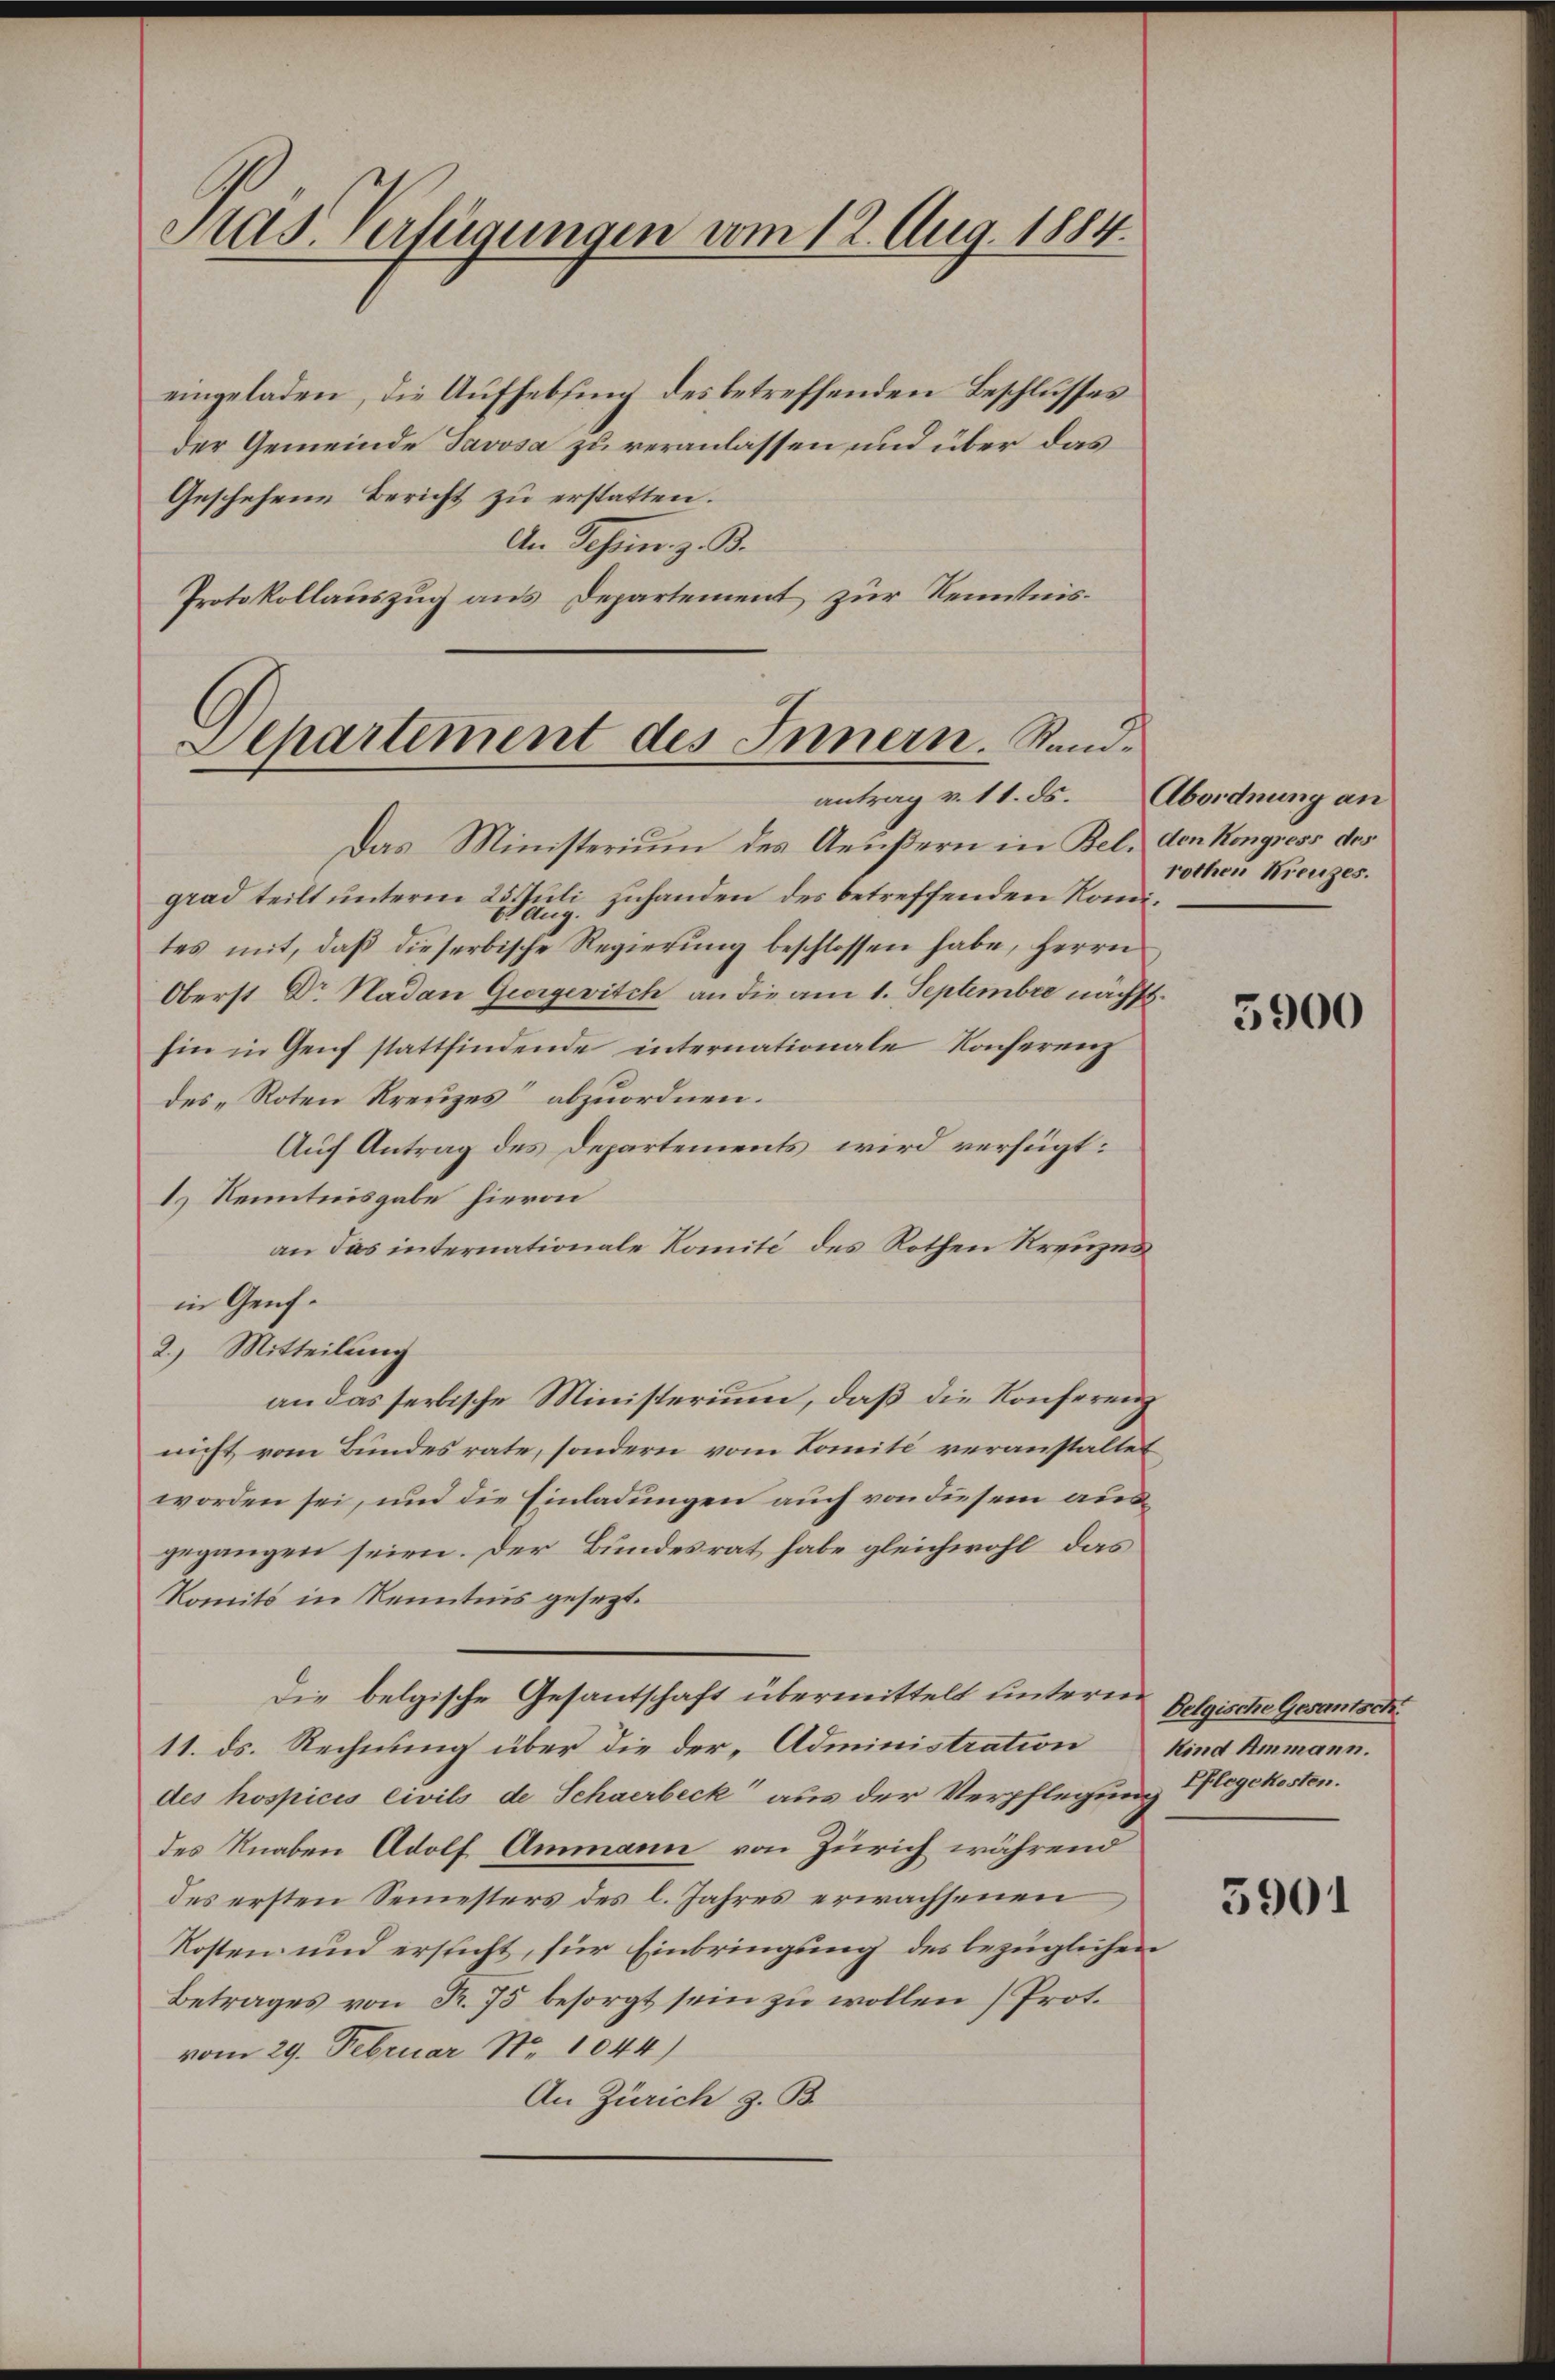
eingeladen, die Aufhebung des betreffenden Beschlusses
der Gemeinde Javosa zu veranlassen und über das
Geschehene Bericht zu erstatten.
An Tessin. z. B.
Protokollauszug aus Departement zur Kenntnis¬

Aras. Verfügungen vom 12. Aug. 1884.

Aepartement des Innern. Randantrag v. 11. ds. Abordnung an

Das Ministerium des Aeußern in Bel, den Kongress des
grad teilt unterm 25. Juli zuhanden des betreffenden Rondites mit, daß dieserbische Regierung beschlossen habe, Herrn
Oberst Dr Nadan Georgevitch an die am 1. Septembre nächst.
hin in Genf stattfindende internationale Kocherenz
des „Roten Kreuzes“ abzuordnen.
Auf Antrag des Departements wird verfügt:
1.) Kenntnisgabe hievon
an das internationale Komité des Rothen Kreuzer
in Genf.
2.) Mitteilung
an das serbische Ministerium, daß die Konferenz
nicht vom Bundesrate, sondern vom Lomité veranstaltet,
worden sei, und die Einladungen auch von diesem ausgegangen seien. Der Bundesrat habe gleichwohl, das
Komits in Kenntnis gesezt.
Die belgische Gesantschaft übermittelt untern Belgische Gesantsch
11. ds. Rechnung über die der Administration
des hospicis civils de Schaerbeck aus der Verpflegung legekosten.
des Knaben Adolf Ammann von Zürich während
des ersten Semesters des l. Jahres erwachsenen
Kosten und ersticht, für Einbringung des bezüglichen
Betrages von R. 75 besorgt sein zu wollen (Prot.
vom 29. Februar Nr. 1044)
An Zürich z. B.

rothen Kreuzes.

3900

Kind Ammann.

5901